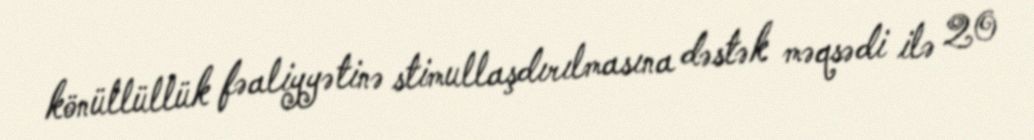
könüllüllük fəaliyyətinə stimullaşdırılmasına dəstək məqsədi ilə 20